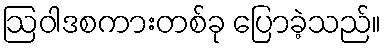
ဩဝါဒစကားတစ်ခု ပြောခဲ့သည်။